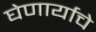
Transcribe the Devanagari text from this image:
घेणार्याचे